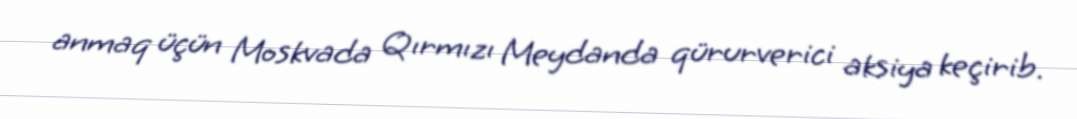
anmaq üçün Moskvada Qırmızı Meydanda qürurverici aksiya keçirib.